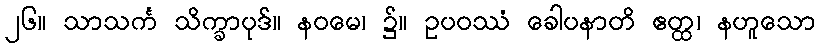
၂၆။ သာသင်္က သိက္ခာပုဒ်။ နဝမေ၊ ၌။ ဥပဝဿံ ခေါပနာတိ ဧတ္ထ၊ နဟူသော